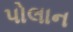
પોલાન